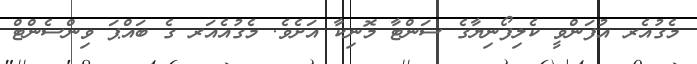
މެގުއެރ އުފަންވީ ކެލިފޯނިޔާގެ ސަންޓާ މޮނިކާ އަށެވެ. މެގުއެއަރ ގެ ބައްޕަ ވިންސެންޓް